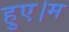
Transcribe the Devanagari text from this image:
हुए।म